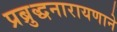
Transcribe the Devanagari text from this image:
प्रब्रुद्धनारायणाने